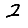
Digit: 2